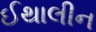
ઈથાલીન